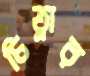
চিত্লার